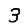
Digit: 3